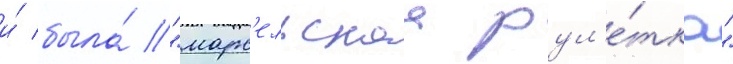
и́ была́ "марс'ельскаа рул'е́тка"